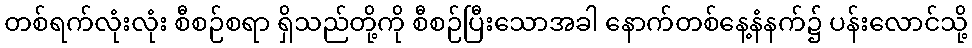
တစ်ရက်လုံးလုံး စီစဉ်စရာ ရှိသည်တို့ကို စီစဉ်ပြီးသောအခါ နောက်တစ်နေ့နံနက်၌ ပန်းလောင်သို့